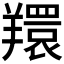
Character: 𦏖